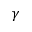
\gamma